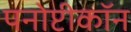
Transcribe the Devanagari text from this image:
पनोप्टीकॉन